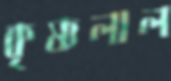
কৃষ্ণলাল